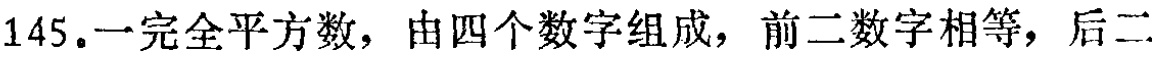
145. 一完全平方数，由四个数字组成，前二数字相等，后二